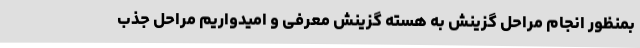
بمنظور انجام مراحل گزینش به هسته گزینش معرفی و امیدواریم مراحل جذب